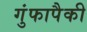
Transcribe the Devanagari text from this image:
गुंफापैकी